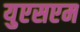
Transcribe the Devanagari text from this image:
युएसएम